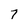
Character: 7